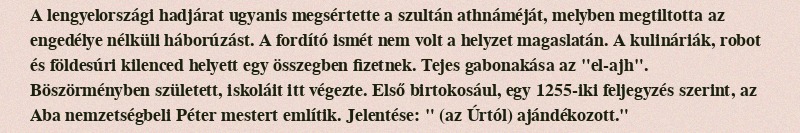
A lengyelországi hadjárat ugyanis megsértette a szultán athnáméját, melyben megtiltotta az engedélye nélküli háborúzást. A fordító ismét nem volt a helyzet magaslatán. A kulináriák, robot és földesúri kilenced helyett egy összegben fizetnek. Tejes gabonakása az "el-ajh". Böszörményben született, iskoláit itt végezte. Első birtokosául, egy 1255-iki feljegyzés szerint, az Aba nemzetségbeli Péter mestert említik. Jelentése: " (az Úrtól) ajándékozott."